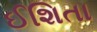
ઈશિતા